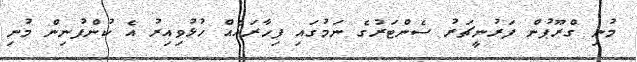
މުނި ގްރޫޕުން ފަރުނީޗަރު ސެންޓަރުގެ ނަމުގައި ފިހާރައެއް ހުޅުވިއިރު އެ ކުންފުނިން މުނި